Supplement to the account of plague administration in the Bombay Presidency from September 1896 till May 1897
Year: 1896
Disease focus: Plague
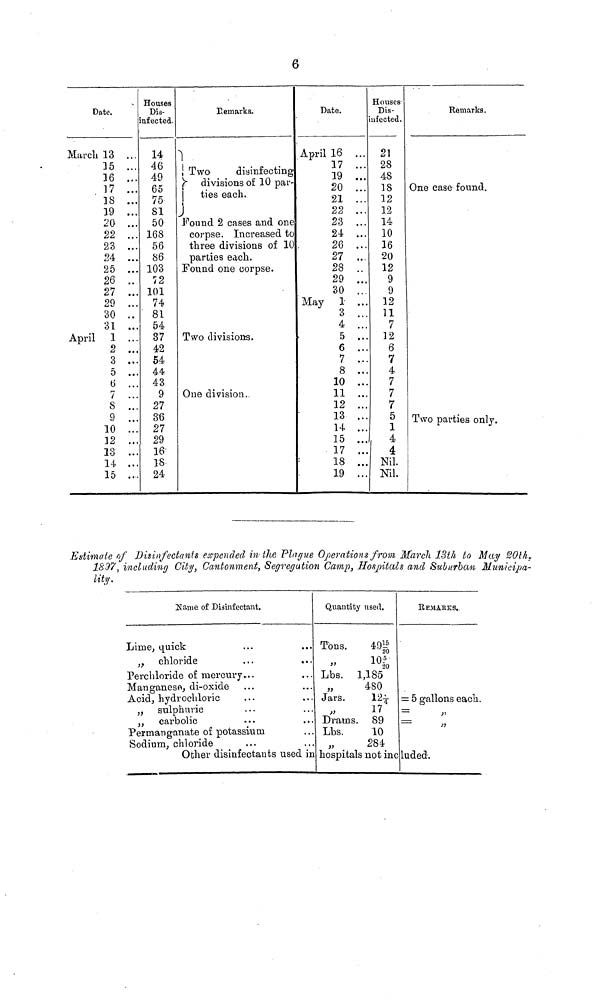
6
Date.
March 13 ...
35 ...
16 ...
17 ...
18 ...
19 ...
20 ...
22 ...
23 ...
24 ...
25 ...
26 ...
27 ...
29 ...
30 ..
31 ...
April 1 ...
2 ...
3 ...
5 ...
6 ...
7 ...
8 ...
9 ...
10 ...
12 ...
13 ...
14 ....
15 ....
Houses
Dis-
infected.
14
46
49
65
75
81
50
168
56
86
103
72
101
74
81
54
37
42
54
44
43
9
27
36
27
29
16
18
24
Remarks.
} .
} Two
disinfecting
} divisions of 10 par-
} ties each.
}
}
Found 2 cases and one
corpse. Increased to
three divisions of 10
parties each.
Found one corpse.
Two divisions.
One division..
Date.
April 16 ...
17 ...
19 ...
20 ...
2:1
...
22 ...
23 ...
24 ...
26 ...
27 ...
28 ..
29 ...
30 ...
May 1 ...
3 ..
4 ...
5 ...
6 ...
7 ....
8 ...
10 ...
11 ...
12 ...
13 ...
14 ...
15 ...
17 ...
18 ...
19 ...
Houses
Dis-
infected.
21
28
48
18
12
12
14
10
16
20
12
9
9
12
11
7
12
6
7
4
7
7
7
5
1
4
4
Nil.
Nil.
Remarks.
One case found.
Two parties only.
Estimate of Disinfectants expended in the Plague Operations from March 13th to May 20th,
1897, including City, Cantonment, Segregation Camp, Hospitals and Suburban Municipa-
lity.
Name. of Disinfectant.
Lime, quick
„ chloride
Perchloride o£ mercury...
Manganese, di-oxide
Acid, hydrochloric
,, sulphuric
„ carbolic
Permanganate of potassium
Sodium, chloride
Other disinfectants used in
Quantity used.
Tons.
49 15/20
10 5/20
"
20
Lbs.
1,185
„
480
Jars.
12 1/4
17
Drams. 89
Lbs.
10
„
284
hospitals not inc
REMARKS.
= 5 gallons each.
luded.